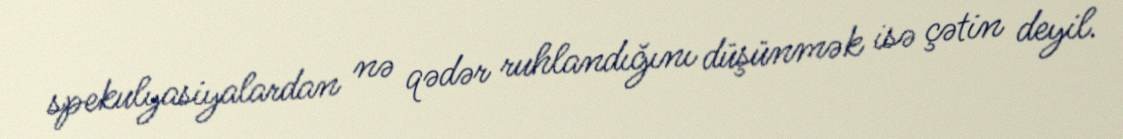
spekulyasiyalardan nə qədər ruhlandığını düşünmək isə çətin deyil.